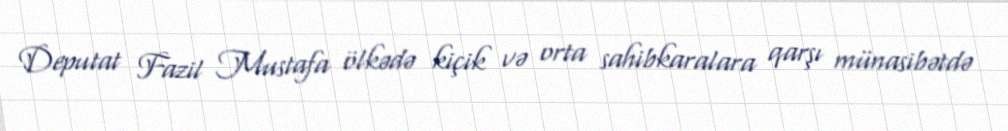
Deputat Fazil Mustafa ölkədə kiçik və orta sahibkaralara qarşı münasibətdə